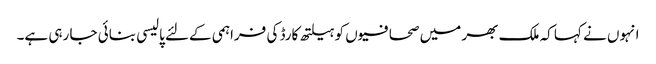
انہوں نے کہا کہ ملک بھر میں صحافیوں کو ہیلتھ کارڈ کی فراہمی کےلئے پالیسی بنائی جا رہی ہے۔